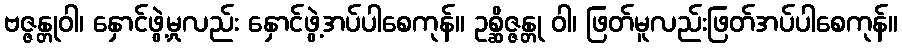
ဗဇ္ဇန္တုဝါ၊ နှောင်ဖွဲ့မှုလည်း နှောင်ဖွဲ့အပ်ပါစေကုန်။ ဥစ္ဆိဇ္ဇန္တု ဝါ၊ ဖြတ်မူလည်းဖြတ်အပ်ပါစေကုန်။